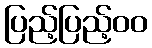
ပြည့်ပြည့်၀၀